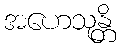
အဟေသုန္တိ